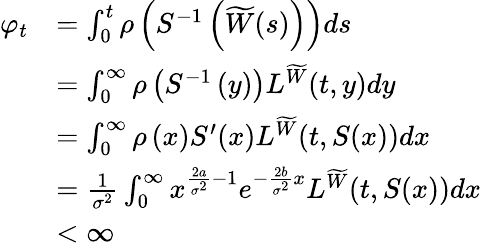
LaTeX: \begin{array}{rl}{\varphi_{t}}&{=\int_{0}^{t}\rho\left(S^{-1}\left(\widetilde W(s)\right)\right)ds}\\ &{=\int_{0}^{\infty}\rho\left(S^{-1}\left(y\right)\right)L^{\widetilde W}(t,y)dy}\\ &{=\int_{0}^{\infty}\rho\left(x\right)S^{\prime}(x)L^{\widetilde W}(t,S(x))dx}\\ &{=\frac{1}{\sigma^{2}}\int_{0}^{\infty}x^{\frac{2a}{\sigma^{2}}-1}e^{-\frac{2b}{\sigma^{2}}x}L^{\widetilde W}(t,S(x))dx}\\ &{<\infty}\end{array}